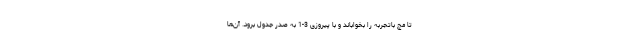
تا مچ باتجربه را بخواباند و با پیروزی 3-1 به صدر جدول برود. آن‌ها